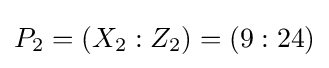
P_{2}=(X_{2}:Z_{2})=(9:24)